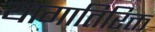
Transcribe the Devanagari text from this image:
यागातिरिक्त